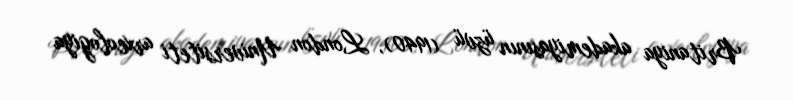
Britaniya akademiyasının üzvü (1940), London Universiteti arxeologiya